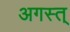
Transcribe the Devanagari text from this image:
अगस्त्